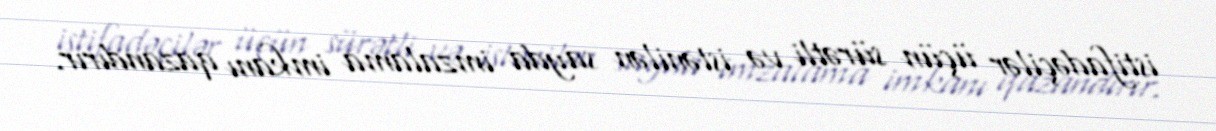
istifadəçilər üçün sürətli və istənilən sayda imzalama imkanı qazandırır.